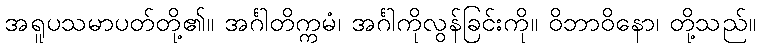
အရူပသမာပတ်တို့၏။ အင်္ဂါတိက္ကမံ၊ အင်္ဂါကိုလွန်ခြင်းကို။ ဝိဘာဝိနော၊ တို့သည်။